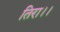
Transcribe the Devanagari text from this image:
तिरा।।